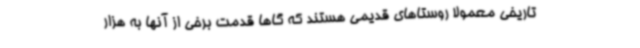
تاریخی معمولا روستاهای قدیمی هستند که گاها قدمت برخی از آنها به هزار